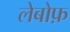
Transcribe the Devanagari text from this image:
लेबोफ़